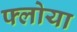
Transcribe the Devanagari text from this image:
फ्लोया